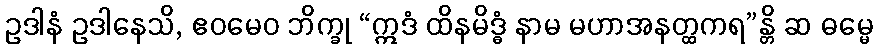
ဥဒါနံ ဥဒါနေသိ, ဧဝမေဝ ဘိက္ခု “ဣဒံ ထိနမိဒ္ဓံ နာမ မဟာအနတ္ထကရ”န္တိ ဆ ဓမ္မေ